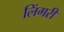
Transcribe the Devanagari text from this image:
लिंगरी